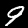
Label: 9